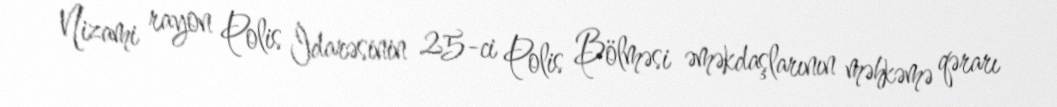
Nizami rayon Polis İdarəsinin 25-ci Polis Bölməsi əməkdaşlarının məhkəmə qərarı